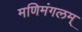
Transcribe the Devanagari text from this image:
मणिमंगलम्